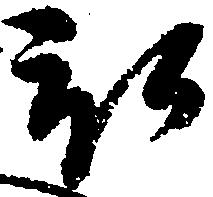
被